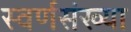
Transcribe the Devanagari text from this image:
स्वर्णसंख्या